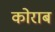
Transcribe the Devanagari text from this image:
कोराब